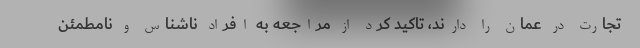
تجارت در عمان را دارند، تاکید کرد از مراجعه به افراد ناشناس و نامطمئن